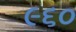
૯૬૦